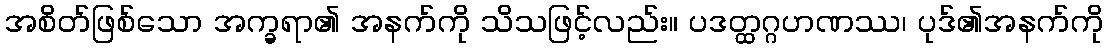
အစိတ်ဖြစ်သော အက္ခရာ၏ အနက်ကို သိသဖြင့်လည်း။ ပဒတ္ထဂ္ဂဟဏဿ၊ ပုဒ်၏အနက်ကို